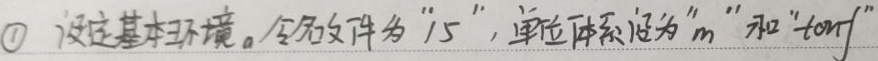
\textcircled{1} 设定基本环境。命名文件为“15”，单位体系设为“m”和“tonf”